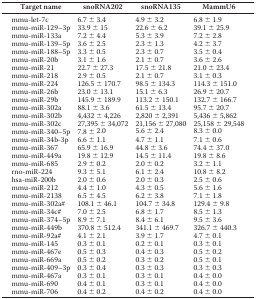
<table><thead><tr><td><b>Target name</b></td><td><b>snoRNA202</b></td><td><b>snoRNA135</b></td><td><b>MammU6</b></td></tr></thead><tbody><tr><td>mmu-let-7c</td><td>6.7 ± 3.4</td><td>4.9 ± 3.2</td><td>6.8 ± 1.9</td></tr><tr><td>mmu-miR-129–3p</td><td>33.9 ± 15</td><td>22.6 ± 6.2</td><td>39.1 ± 25.9</td></tr><tr><td>mmu-miR-133a</td><td>7.2 ± 4.4</td><td>5.3 ± 3.9</td><td>7.2 ± 2.8</td></tr><tr><td>mmu-miR-139–5p</td><td>3.6 ± 2.5</td><td>2.3 ± 1.3</td><td>4.2 ± 3.7</td></tr><tr><td>mmu-miR-188–5p</td><td>3.3 ± 0.5</td><td>2.3 ± 0.7</td><td>3.5 ± 0.4</td></tr><tr><td>mmu-miR-20b</td><td>3.1 ± 1.6</td><td>2.1 ± 0.7</td><td>3.6 ± 2.6</td></tr><tr><td>mmu-miR-21</td><td>22.7 ± 27.3</td><td>17.5 ± 21.8</td><td>21.0 ± 23.4</td></tr><tr><td>mmu-miR-218</td><td>2.9 ± 0.5</td><td>2.1 ± 0.7</td><td>3.1 ± 0.3</td></tr><tr><td>mmu-miR-224</td><td>126.5 ± 170.7</td><td>98.5 ± 134.3</td><td>114.3 ± 151.0</td></tr><tr><td>mmu-miR-26b</td><td>23.0 ± 13.1</td><td>15.1 ± 6.3</td><td>26.9 ± 20.7</td></tr><tr><td>mmu-miR-29b</td><td>145.9 ± 189.9</td><td>113.2 ± 150.1</td><td>132.7 ± 166.7</td></tr><tr><td>mmu-miR-302a</td><td>88.1 ± 3.6</td><td>61.5 ± 13.4</td><td>95.7 ± 20.7</td></tr><tr><td>mmu-miR-302b</td><td>4,432 ± 4,226</td><td>2,820 ± 2,391</td><td>5,436 ± 5,862</td></tr><tr><td>mmu-miR-302c</td><td>27,395 ± 34,072</td><td>21,156 ± 27,080</td><td>25,158 ± 29,548</td></tr><tr><td>mmu-miR-340–5p</td><td>7.8 ± 2.0</td><td>5.6 ± 2.4</td><td>8.3 ± 0.0</td></tr><tr><td>mmu-miR-34b-3p</td><td>6.6 ± 1.1</td><td>4.7 ± 1.1</td><td>7.1 ± 0.6</td></tr><tr><td>mmu-miR-367</td><td>65.9 ± 16.9</td><td>44.8 ± 3.6</td><td>74.4 ± 37.0</td></tr><tr><td>mmu-miR-449a</td><td>19.8 ± 12.9</td><td>14.5 ± 11.4</td><td>19.8 ± 8.6</td></tr><tr><td>mmu-miR-685</td><td>2.9 ± 0.2</td><td>2.0 ± 0.2</td><td>3.2 ± 1.1</td></tr><tr><td>rno-miR-224</td><td>9.3 ± 5.1</td><td>6.1 ± 2.4</td><td>10.8 ± 8.2</td></tr><tr><td>hsa-miR-200b</td><td>2.0 ± 0.6</td><td>2.0 ± 0.3</td><td>2.5 ± 0.6</td></tr><tr><td>mmu-miR-212</td><td>4.4 ± 1.0</td><td>4.3 ± 0.5</td><td>5.6 ± 1.6</td></tr><tr><td>mmu-miR-2138</td><td>6.5 ± 4.5</td><td>6.2 ± 3.8</td><td>7.1 ± 1.8</td></tr><tr><td>mmu-miR-302a#</td><td>108.1 ± 46.1</td><td>104.7 ± 34.8</td><td>129.4 ± 9.8</td></tr><tr><td>mmu-miR-34c#</td><td>7.0 ± 2.5</td><td>6.8 ± 1.7</td><td>8.5 ± 1.3</td></tr><tr><td>mmu-miR-374–5p</td><td>8.9 ± 7.1</td><td>8.4 ± 6.1</td><td>9.5 ± 3.6</td></tr><tr><td>mmu-miR-449b</td><td>370.8 ± 512.4</td><td>341.1 ± 469.7</td><td>326.7 ± 440.3</td></tr><tr><td>mmu-miR-92a#</td><td>4.1 ± 2.1</td><td>3.9 ± 1.7</td><td>4.7 ± 0.1</td></tr><tr><td>mmu-miR-145</td><td>0.3 ± 0.1</td><td>0.2 ± 0.1</td><td>0.3 ± 0.1</td></tr><tr><td>mmu-miR-467e</td><td>0.5 ± 0.3</td><td>0.4 ± 0.3</td><td>0.5 ± 0.2</td></tr><tr><td>mmu-miR-669a</td><td>0.5 ± 0.2</td><td>0.3 ± 0.2</td><td>0.5 ± 0.1</td></tr><tr><td>mmu-miR-409–3p</td><td>0.3 ± 0.4</td><td>0.3 ± 0.3</td><td>0.3 ± 0.3</td></tr><tr><td>mmu-miR-467a</td><td>0.3 ± 0.1</td><td>0.3 ± 0.1</td><td>0.4 ± 0.0</td></tr><tr><td>mmu-miR-690</td><td>0.4 ± 0.1</td><td>0.3 ± 0.1</td><td>0.4 ± 0.0</td></tr><tr><td>mmu-miR-706</td><td>0.4 ± 0.2</td><td>0.4 ± 0.2</td><td>0.4 ± 0.0</td></tr></tbody></table>